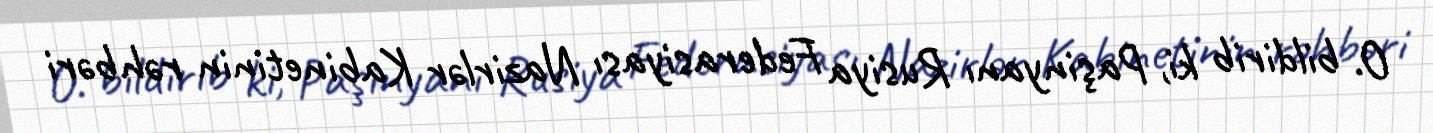
O. bildirib ki, Paşinyanı Rusiya Federasiyası Nazirlər Kabinetinin rəhbəri